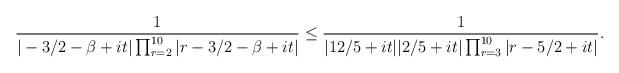
LaTeX: \begin{align*}\frac{1}{|-3/2-\beta+it|\prod_{r=2}^{10}|r-3/2-\beta+it|} \leq \frac{1}{|12/5+it||2/5+it|\prod_{r=3}^{10}|r-5/2+it|}.\end{align*}